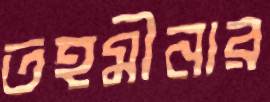
তহমীনার